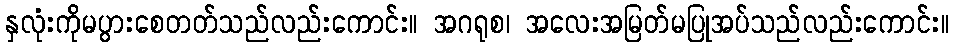
နှလုံးကိုမပွားစေတတ်သည်လည်းကောင်း။ အဂရုစ၊ အလေးအမြတ်မပြုအပ်သည်လည်းကောင်း။